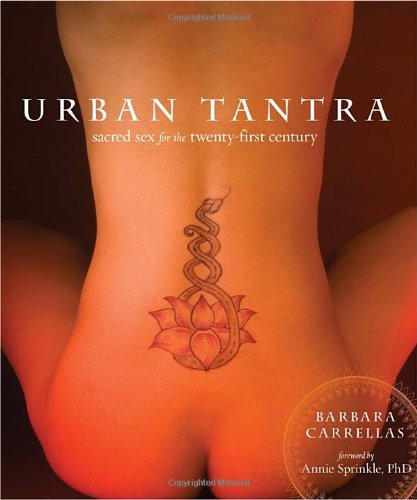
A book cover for Urban Tantra: Sacred Sex for the Twenty-First Century; Barbara Carrellas; Self-Help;